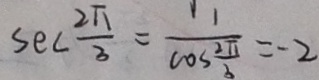
S e c \frac { 2 \pi } { 3 } = \frac { 1 } { \cos \frac { 2 \pi } { b } } = - 2